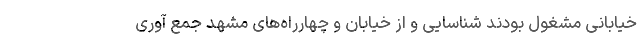
خیابانی مشغول بودند شناسایی و از خیابان و چهارراه‌های مشهد جمع آوری